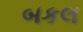
બકલ